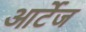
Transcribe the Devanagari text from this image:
आर्टेज